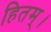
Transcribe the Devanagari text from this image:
हितम्।